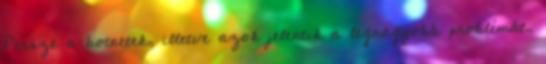
Persze a botnetek, illetve azok jelentik a legnagyobb problémát,